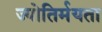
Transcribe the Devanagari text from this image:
ज्योतिर्मयता